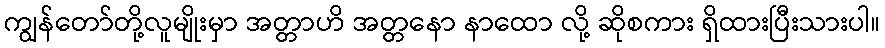
ကျွန်တော်တို့လူမျိုးမှာ အတ္တာဟိ အတ္တနော နာထော လို့ ဆိုစကား ရှိထားပြီးသားပါ။